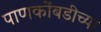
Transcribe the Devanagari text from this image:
पाणकोंबडीच्या